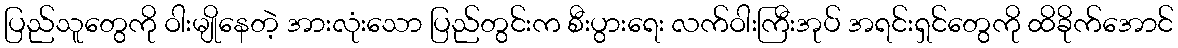
ပြည်သူတွေကို ဝါးမျိုနေတဲ့ အားလုံးသော ပြည်တွင်းက စီးပွားရေး လက်ဝါးကြီးအုပ် အရင်းရှင်တွေကို ထိခိုက်အောင်